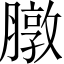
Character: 𫜶